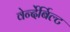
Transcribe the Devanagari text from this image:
वेर्न्देर्बिल्ट